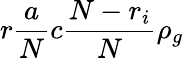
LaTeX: r\frac{a}{N}c\frac{N-r_{i}}{N}\rho_{g}